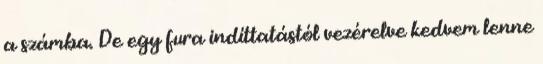
a számba. De egy fura indíttatástól vezérelve kedvem lenne